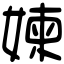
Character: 媡